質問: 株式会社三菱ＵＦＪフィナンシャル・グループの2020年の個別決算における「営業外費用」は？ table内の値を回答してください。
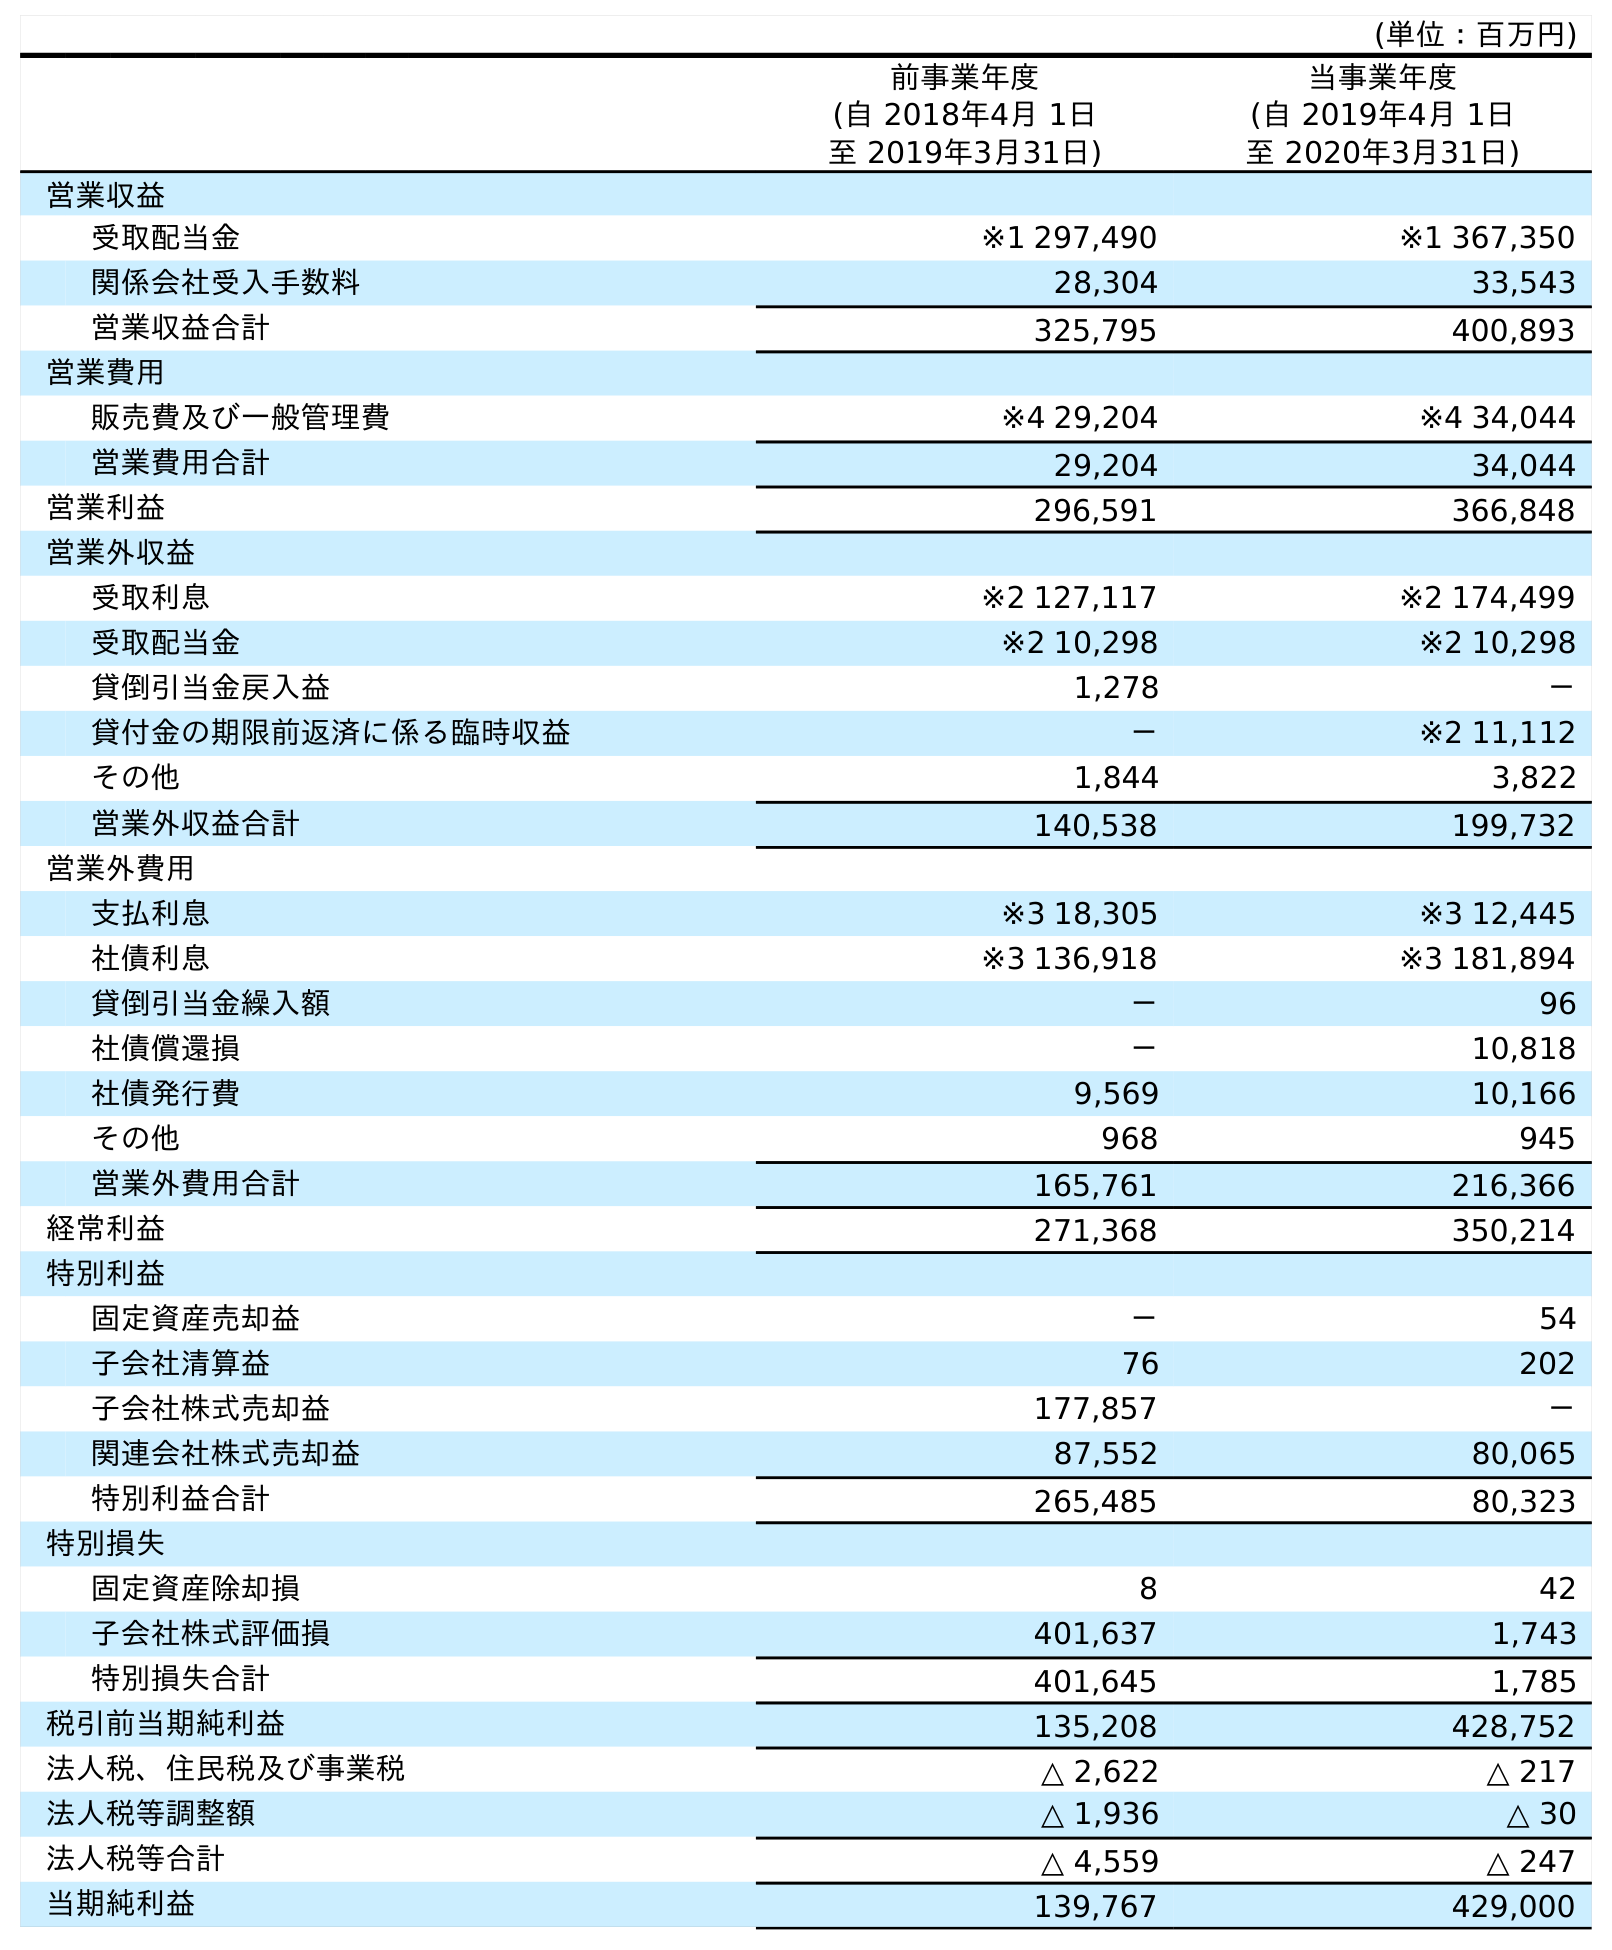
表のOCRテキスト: (単位：百万円) 前事業年度 (自 2018年4月 1日 至 2019年3月31日) 当事業年度 (自 2019年4月 1日 至 2020年3月31日) 営業収益 受取配当金 ※1 297,490 ※1 367,350 関係会社受入手数料 28,304 33,543 営業収益合計 325,795 400,893 営業費用 販売費及び一般管理費 ※4 29,204 ※4 34,044 営業費用合計 29,204 34,044 営業利益 296,591 366,848 営業外収益 受取利息 ※2 127,117 ※2 174,499 受取配当金 ※2 10,298 ※2 10,298 貸倒引当金戻入益 1,278 － 貸付金の期限前返済に係る臨時収益 － ※2 11,112 その他 1,844 3,822 営業外収益合計 140,538 199,732 営業外費用 支払利息 ※3 18,305 ※3 12,445 社債利息 ※3 136,918 ※3 181,894 貸倒引当金繰入額 － 96 社債償還損 － 10,818 社債発行費 9,569 10,166 その他 968 945 営業外費用合計 165,761 216,366 経常利益 271,368 350,214 特別利益 固定資産売却益 － 54 子会社清算益 76 202 子会社株式売却益 177,857 － 関連会社株式売却益 87,552 80,065 特別利益合計 265,485 80,323 特別損失 固定資産除却損 8 42 子会社株式評価損 401,637 1,743 特別損失合計 401,645 1,785 税引前当期純利益 135,208 428,752 法人税、住民税及び事業税 △ 2,622 △ 217 法人税等調整額 △ 1,936 △ 30 法人税等合計 △ 4,559 △ 247 当期純利益 139,767 429,000
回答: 216,366